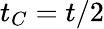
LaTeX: t_{C}=t/2